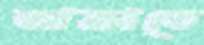
আক্রাতে